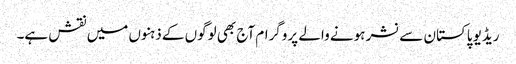
ریڈیو پاکستان سے نشر ہونے والے پروگرام آج بھی لوگوں کے ذہنوں میں نقش ہے۔